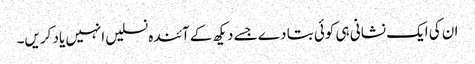
ان کی ایک نشانی ہی کوئی بتا دے جسے دیکھ کے آئندہ نسلیں انہیں یاد کریں۔